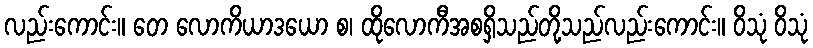
လည်းကောင်း။ တေ လောကိယာဒယော စ၊ ထိုလောကီအစရှိသည်တို့သည်လည်းကောင်း။ ဝိသုံ ဝိသုံ